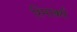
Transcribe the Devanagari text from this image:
रिमार्क्स